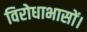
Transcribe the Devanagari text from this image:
विरोधाभासों।